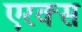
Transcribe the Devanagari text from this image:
एरक्स